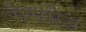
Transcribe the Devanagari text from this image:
गेमपेड